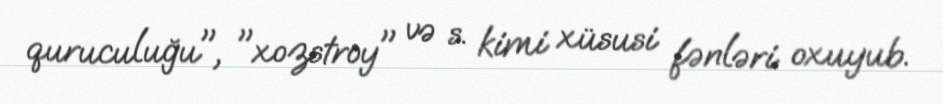
quruculuğu", "xozstroy" və s. kimi xüsusi fənləri oxuyub.